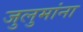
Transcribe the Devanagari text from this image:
जुलुमांना